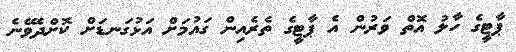
ޕާޓީގެ ހާލު އޮތް ވަރުން އެ ޕާޓީގެ ތެރެއިން ގައުމަށް އަޅުގަނޑަށް ކޮށްދެވޭނެ